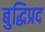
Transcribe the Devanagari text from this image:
बुद्धिप्रद